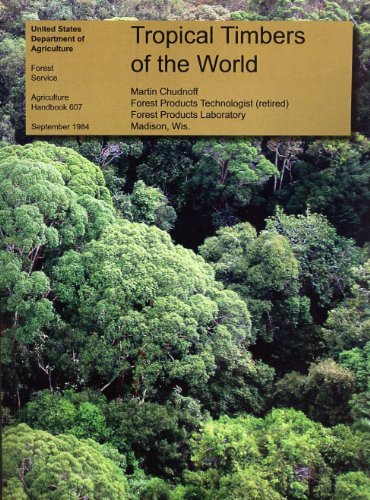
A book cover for Tropical Timbers of the World. United States Department of Agriculture, Forest Service, Agriculture Handbook Number 607. September 1984; Martin Chudnoff; Science & Math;